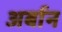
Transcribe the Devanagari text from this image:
अर्बान